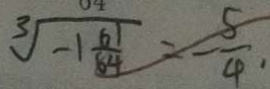
\sqrt [ 3 ] { - 1 \frac { 6 1 } { 8 4 } } = - \frac { 5 } { 4 } \cdot